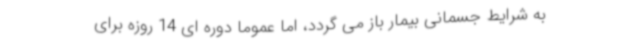
به شرایط جسمانی بیمار باز می گردد، اما عموما دوره ای 14 روزه برای